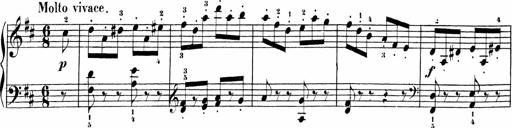
Title: Sonatinen Op.47, 98 und 136, nebst 6 Liedersonatinen
Composer: Carl Reinecke